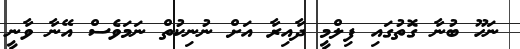
ނަހޫ ބުނާ ގޮތުގައި ފިލްމީ ދާއިރާ އަށް ނުނިކުތް ނަމަވެސް އޭނާ ވާނީ